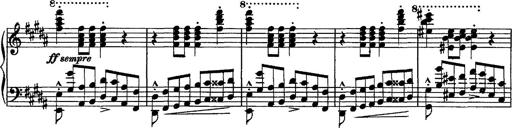
Title: Piano Sonata
Composer: Karl HÃ¤ssler
Key: C major